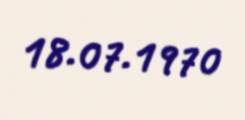
18.07.1970